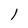
Character: l